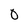
Character: 0